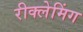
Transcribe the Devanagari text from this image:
रीक्लेमिंग